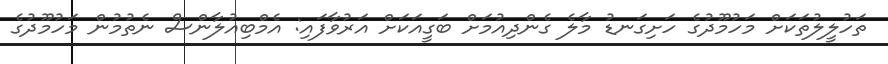
ތަހުލީލުތަކަށް މަހުމޫދުގެ ހަށިގަނޑު މާލެ ގެންދިއުމަށް ބަގީއަކަށް އަރުވާފައި: އެމްބިއުލާންސް ނެތުމުން މަހުމޫދުގެ